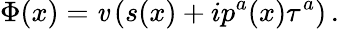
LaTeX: \Phi(x)=\mathit{v}\left(s(x)+ip^{a}(x)\tau^{a}\right)\, .